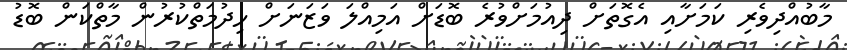
މާބުއްދިވެރި ކަމަށާއި އެގޮތަށް ދިއުމަށްވުރެ ބޮޑަށް އަމިއްލަ ވަޒަނަށް ހިދުމަތްކުރުން މާތްކަން ބޮޑު